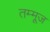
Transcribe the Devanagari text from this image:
तम्मूज